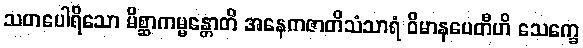
သတပေါရိသော မိစ္ဆာကမ္မန္တောတိ အနေကဇာတိသံသာရံ ဝိမာနပေတီဟိ သေက္ခေ